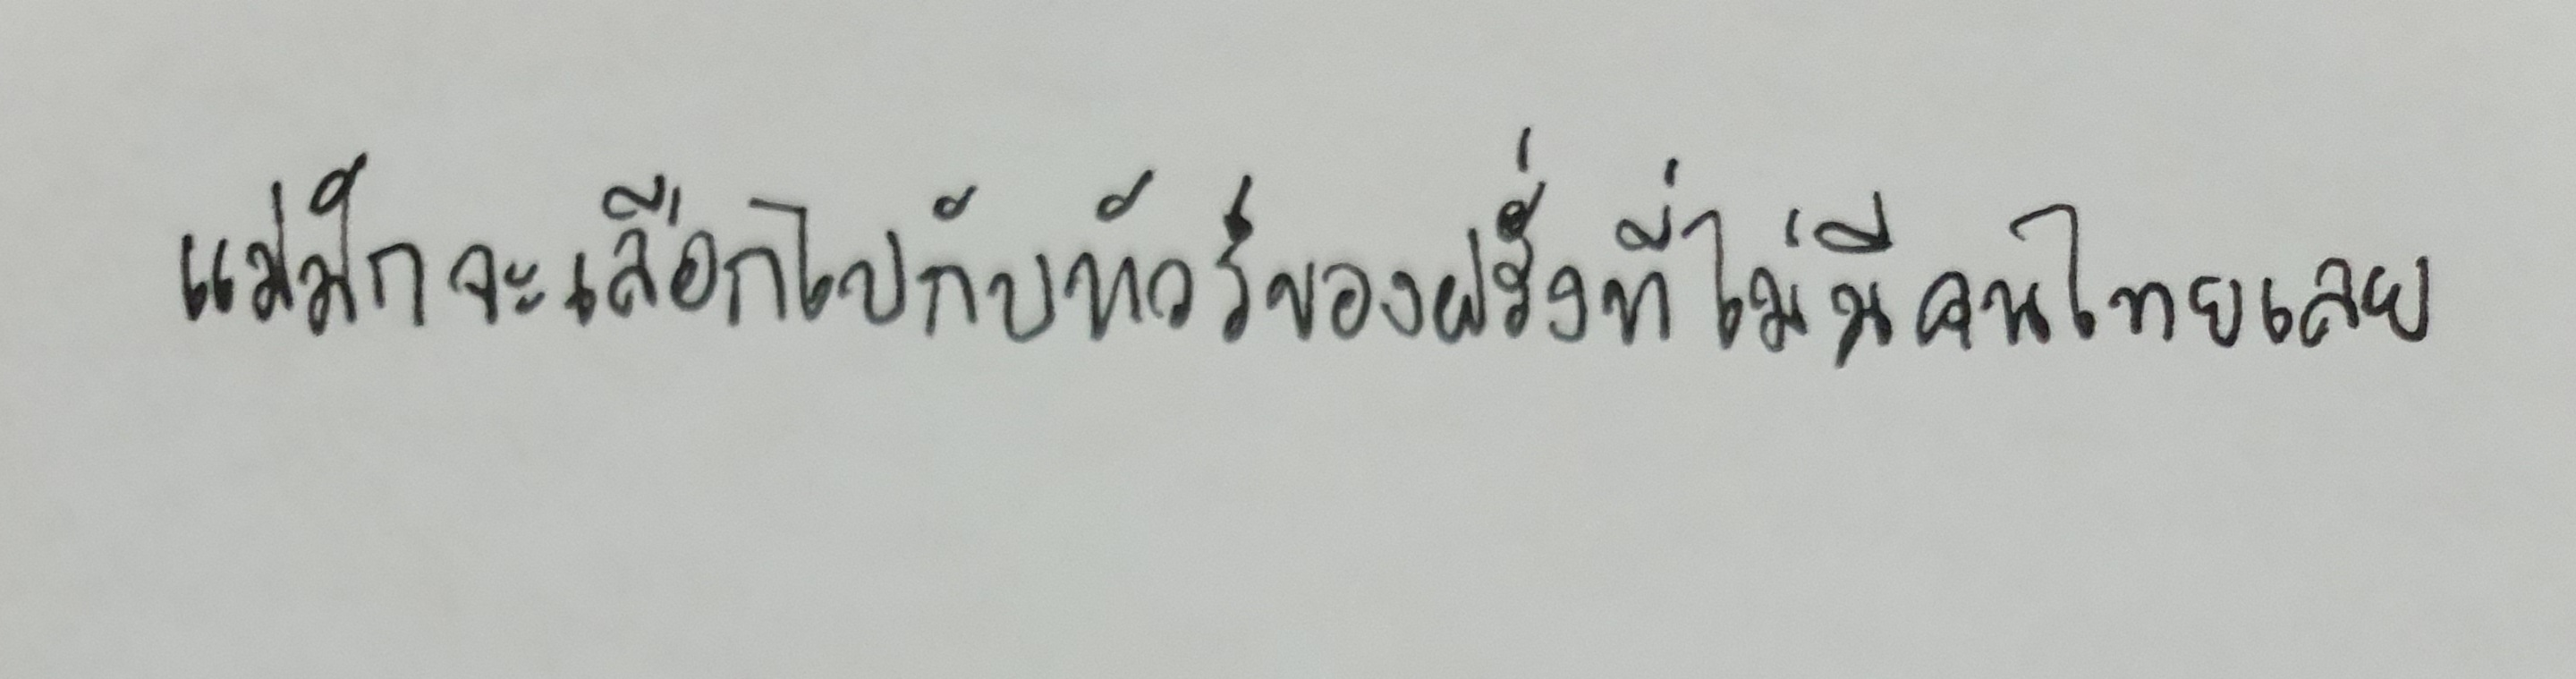
แม่มักจะเลือกไปกับทัวร์ของฝรั่งที่ไม่มีคนไทยเลย